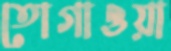
তোগাওয়া